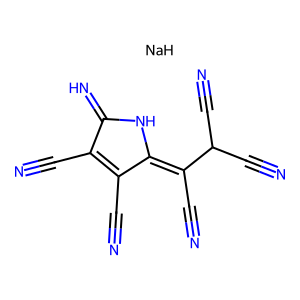
SMILES: N#CC1=C(C#N)C(=C(C#N)C(C#N)C#N)NC1=N.[NaH]
Inhibits HIV replication: No